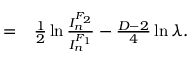
\begin{array} { r l } { = } & { { } \frac { 1 } { 2 } \ln \frac { I _ { n } ^ { F _ { 2 } } } { I _ { n } ^ { F _ { 1 } } } - \frac { D - 2 } { 4 } \ln \lambda . } \end{array}